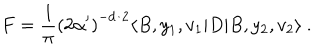
F = \frac { 1 } { \pi } \left( 2 \alpha ^ { \prime } \right) ^ { - d / 2 } \langle B , y _ { 1 } , v _ { 1 } | D | B , y _ { 2 } , v _ { 2 } \rangle ~ .